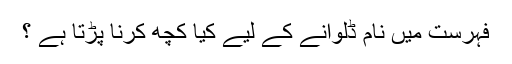
فہرست میں نام ڈلوانے کے لیے کیا کچھ کرنا پڑتا ہے ؟